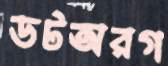
ডটঅরগ